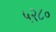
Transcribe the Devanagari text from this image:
५२८०